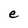
Character: e